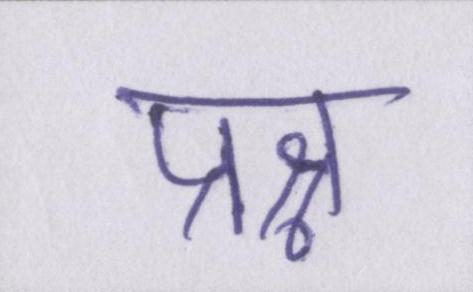
प्रश्न